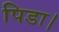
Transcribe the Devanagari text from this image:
पिडा।